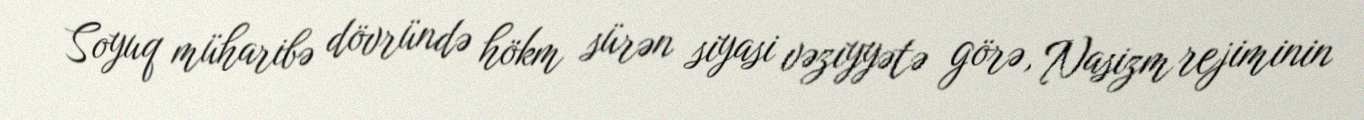
Soyuq müharibə dövründə hökm sürən siyasi vəziyyətə görə, Nasizm rejiminin